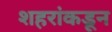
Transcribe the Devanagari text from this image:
शहरांकडून